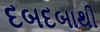
દબદબાથી